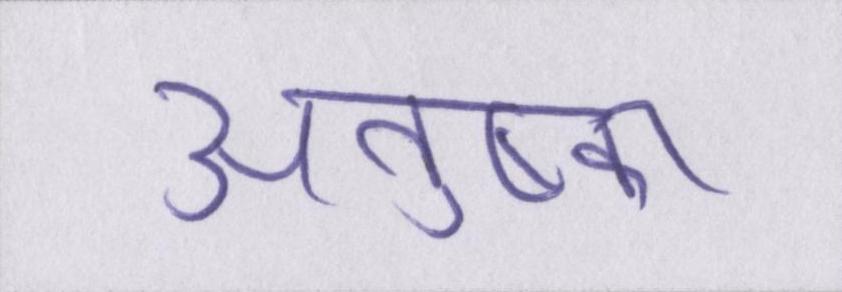
अनुष्का